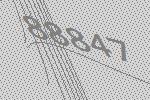
88847